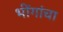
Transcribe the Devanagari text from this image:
भींगांचा